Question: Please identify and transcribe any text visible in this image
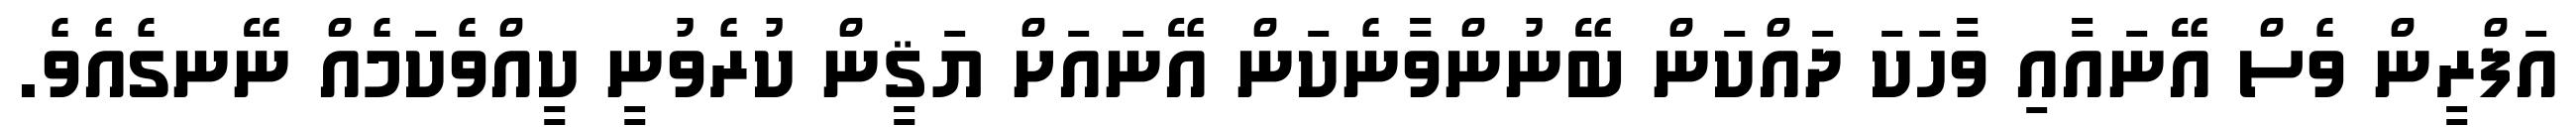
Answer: އަފްރީން ވެސް އޭނައާއި ވާހަކަ ދައްކަން ބޭނުންވާނެކަން އޭނައަށް ޔަޤީން ކުރެވުނީ ކީއްވެކަމެއް ނޭނގެއެވެ.